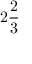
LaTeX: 2 { \frac { 2 } { 3 } }